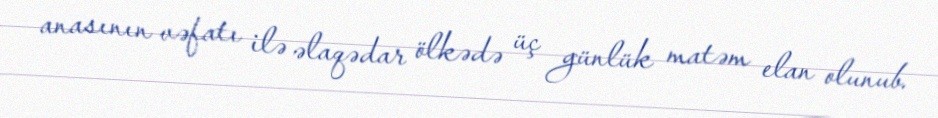
anasının vəfatı ilə əlaqədar ölkədə üç günlük matəm elan olunub.